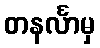
တနင်္လာမှ